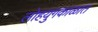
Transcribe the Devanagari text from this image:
लोहयुगकाळात